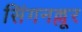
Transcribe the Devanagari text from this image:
सिंगनल्लूर